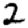
Digit: 2